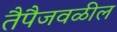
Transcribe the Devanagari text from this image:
तैपैजवळील